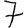
Digit: 7